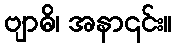
ဗျာဓိ၊ အနာ၎င်း။